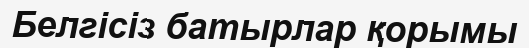
Белгісіз батырлар қорымы